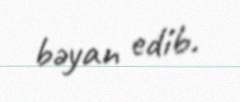
bəyan edib.